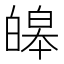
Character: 皞